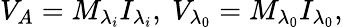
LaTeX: {{V}_{A}}={{M}_{{{\lambda}_{i}}}}{{I}_{{{\lambda}_{i}}}},\mathrm{~}{{V}_{{{\lambda}_{0}}}}={{M}_{{{\lambda}_{0}}}}{{I}_{{{\lambda}_{0}}}},